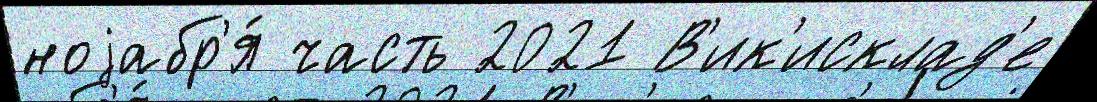
ноjабр'я́ часть 2021 В'ик'исклад'е